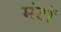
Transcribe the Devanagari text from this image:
मंटों